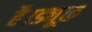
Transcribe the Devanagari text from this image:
है।ड्यूक